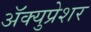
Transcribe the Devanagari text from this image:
ॲक्युप्रेशर